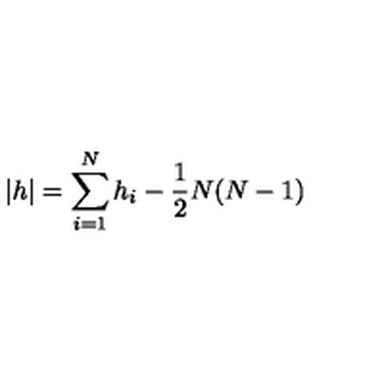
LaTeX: | h | = \sum _ { i = 1 } ^ { N } h _ { i } - \frac { 1 } { 2 } N ( N - 1 )